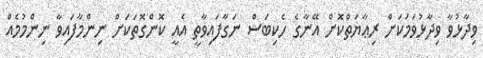
ވިދާޅުވާ ވިދާޅުވަމަކަށް ރިޢާޔަތްކޮށް އޭނާގެ ހެކިބަސް ނަގާފައިވާތީ އެއީ ކޮންގޮތަކަށް ނިންމާފައިވާ ނިންމުމެއް